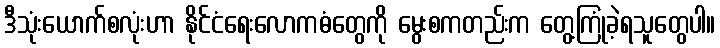
ဒီသုံးယောက်စလုံးဟာ နိုင်ငံရေးလောကဓံတွေကို မွေးစကတည်းက တွေ့ကြုံခဲ့ရသူတွေပါ။